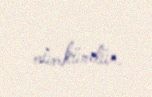
mümkündür.